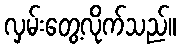
လှမ်းတွေ့လိုက်သည်။